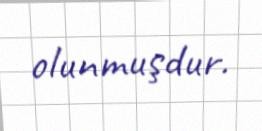
olunmuşdur.